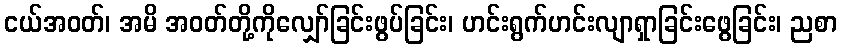
ငယ်အဝတ်၊ အမိ အဝတ်တို့ကိုလျှော်ခြင်းဖွပ်ခြင်း၊ ဟင်းရွက်ဟင်းလျာရှာခြင်းဖွေခြင်း၊ ညစာ